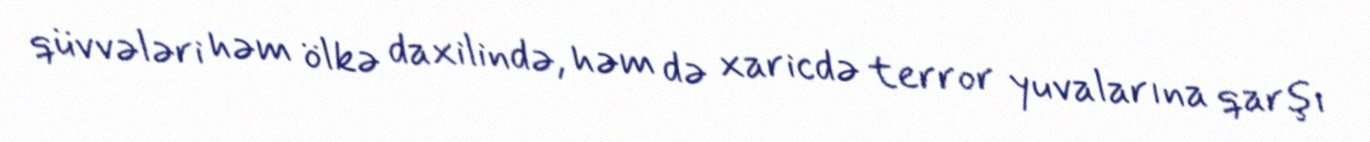
qüvvələri həm ölkə daxilində, həm də xaricdə terror yuvalarına qarşı